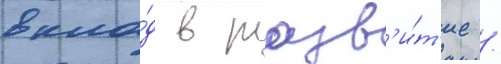
вкла́д в разв'и́т'ие /